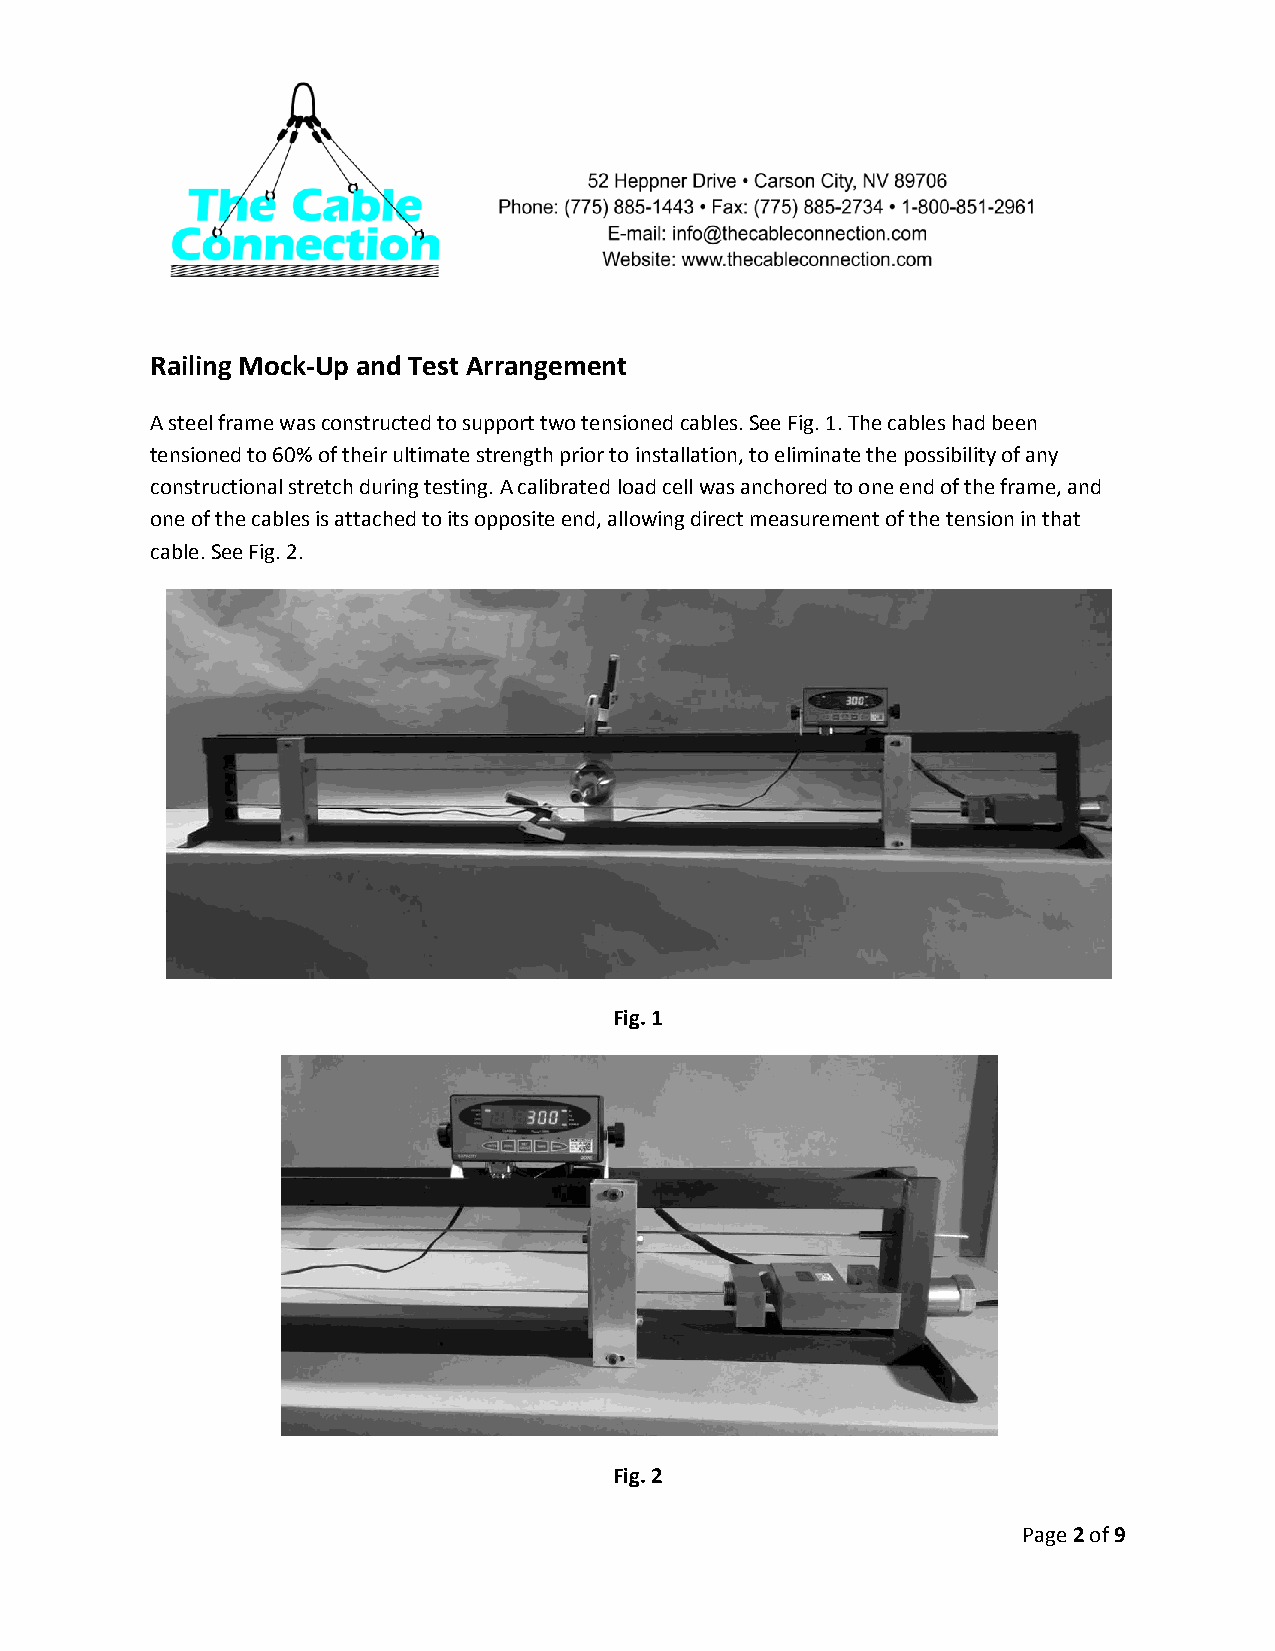
Railing Mock-Up and Test Arrangement
 A steel frame was constructed to support two tensioned cables. See Fig. 1. The cables had been
 tensioned to 60% of their ultimate strength prior to installation, to eliminate the possibility of any
 constructional stretch during testing. A calibrated load cell was anchored to one end of the frame, and
 one of the cables is attached to its opposite end, allowing direct measurement of the tension in that
 cable. See Fig. 2.
 Fig. 1
 Fig. 2
 Page 2 of 9